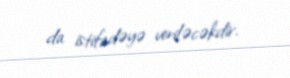
da istifadəyə veriləcəkdir.